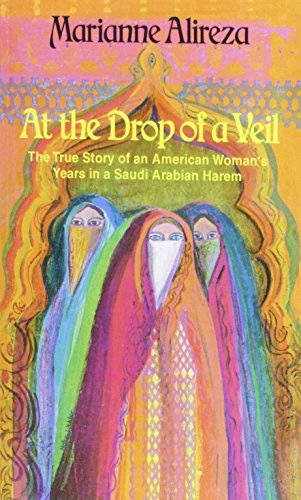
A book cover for At the Drop of a Veil: Marianne Alireza; Marianne Alireza; History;